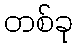
တစ်ခု